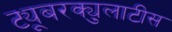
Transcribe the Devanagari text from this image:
ट्यूबरक्युलाटीस